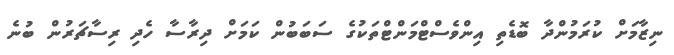
ނިޒާމަށް ކުރަމުންދާ ބޮޑެތި އިންވެސްޓްމަންޓްތަކުގެ ސަބަބުން ކަމަށް ދިރާސާ ހެދި ރިސާޗަރުން ބުނެ